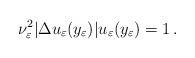
LaTeX: \begin{align*}\nu_\varepsilon^2 |\Delta u_\varepsilon(y_\varepsilon)|u_\varepsilon(y_\varepsilon)=1\,.\end{align*}